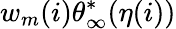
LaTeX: w_{m}(i){\theta}_{\infty}^{*}(\eta(i))